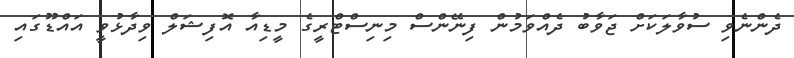
ދެންނެވި ސުވާލަކަށް ޖަވާބު ދެއްވަމުން ފިނޭންސް މިނިސްޓްރީގެ މީޑިއާ އޮފިޝަލް ވިދާޅުވީ އައްޑޫގައި